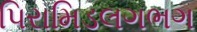
પિરામિડલગભગ